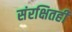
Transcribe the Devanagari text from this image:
संरक्षितही